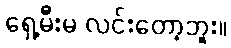
ရှေ့မီးမ လင်းတော့ဘူး။